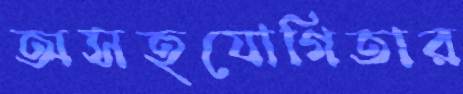
অসহযোগিতার